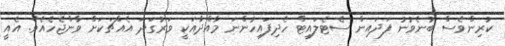
ކުރިންވެސް ބުނެވުނު ފަދައިން ސެޓެލައިޓް ހެދިފައިހުންނަ މާއްދާއަކީ ވަރުގަދަ އެއްޗަކަށް ވާންޖެހެއެވެ. އެއީ